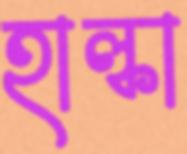
হাল্কা